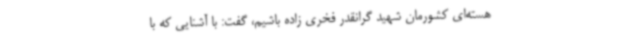
هسته‌ای کشورمان شهید گرانقدر فخری زاده باشیم، گفت: با آشنایی که با